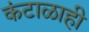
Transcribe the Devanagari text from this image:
कंटाळाही